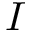
I